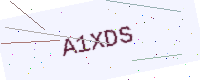
Text: A1XDS